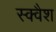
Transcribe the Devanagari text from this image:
स्‍क्‍वैश